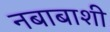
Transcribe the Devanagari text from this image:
नबाबाशी